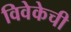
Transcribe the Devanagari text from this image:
विवेकेची